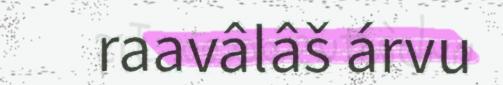
raavâlâš árvu